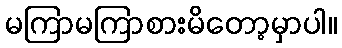
မကြာမကြာစားမိတော့မှာပါ။